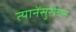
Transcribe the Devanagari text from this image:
त्यानेंसुरोचन